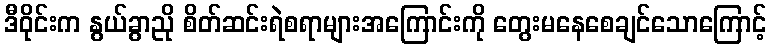
ဒီဝိုင်းက နွယ်ခွာညို စိတ်ဆင်းရဲစရာများအကြောင်းကို တွေးမနေစေချင်သောကြောင့်